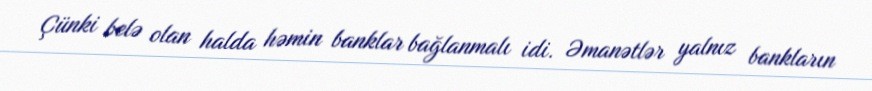
Çünki belə olan halda həmin banklar bağlanmalı idi. Əmanətlər yalnız bankların